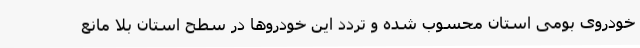
خودروی بومی استان محسوب شده و تردد این خودروها در سطح استان بلا مانع